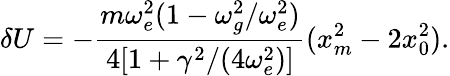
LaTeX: \delta U=-\frac{m\omega_{e}^{2}(1-\omega_{g}^{2}/\omega_{e}^{2})}{4[1+\gamma^{2}/(4\omega_{e}^{2})]}(x_{m}^{2}-2x_{0}^{2}).